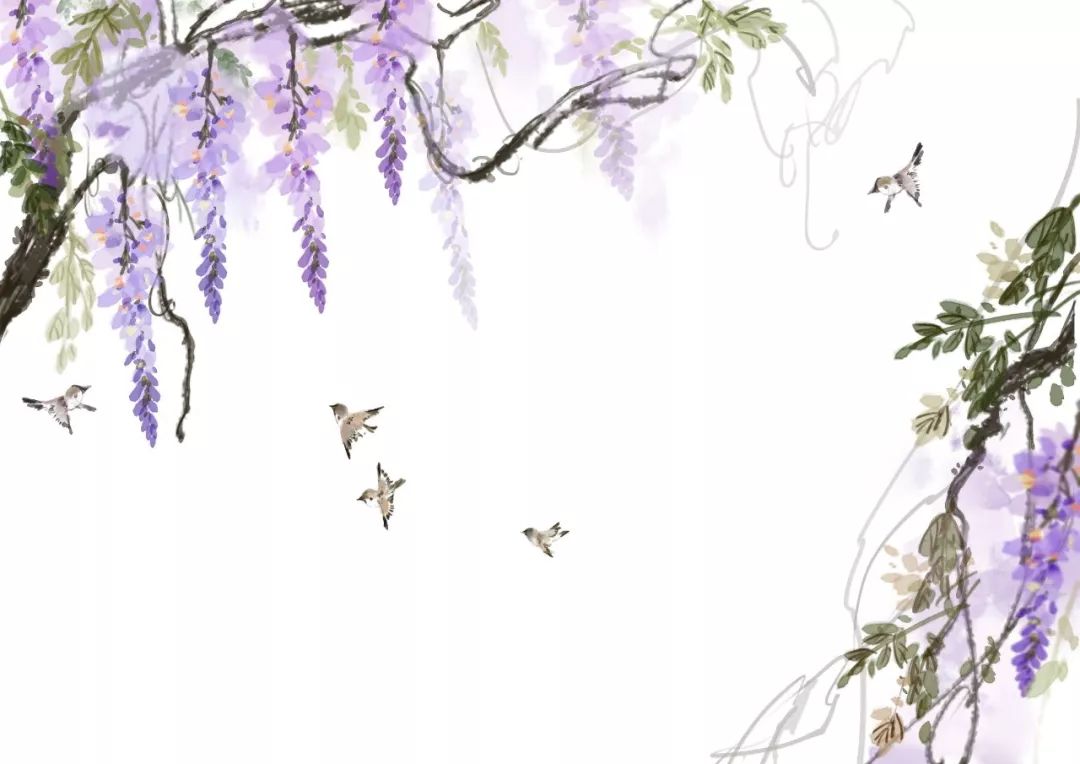
伊川桃李正芳新，寒食山中酒复春。